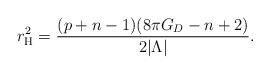
\begin{align*}r_{\rm H}^2 = \frac{(p+n-1)(8\pi G_D-n+2)} {2|\Lambda|} .\end{align*}